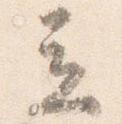
立